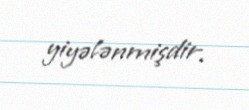
yiyələnmişdir.